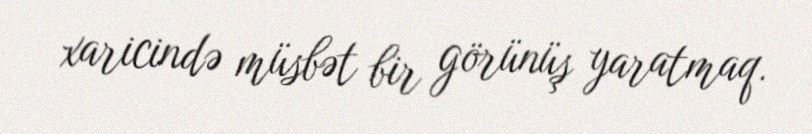
xaricində müsbət bir görünüş yaratmaq.